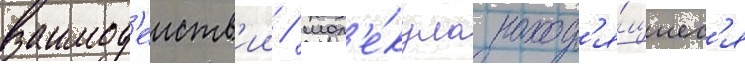
взаимод'еиств'ии / мол'е́кула наход'я́щиес'я